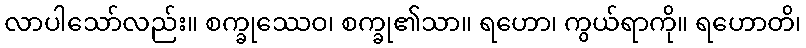
လာပါသော်လည်း။ စက္ခုဿေဝ၊ စက္ခု၏သာ။ ရဟော၊ ကွယ်ရာကို။ ရဟောတိ၊